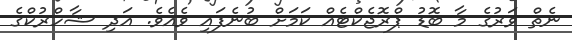
ނެތް ވަރުގެ މާ ބޮޑު ޕްރޮޖެކްޓެއް ކަމަށް ބުނެފައި ވެއެވެ. އަދި ޝާހްރުކްގެ